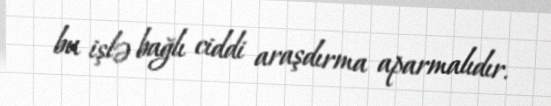
bu işlə bağlı ciddi araşdırma aparmalıdır.